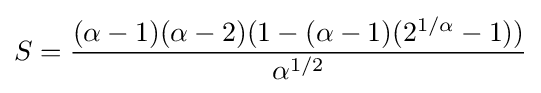
S={\frac {(\alpha -1)(\alpha -2)(1-(\alpha -1)(2^{1/\alpha }-1))}{\alpha ^{1/2}}}